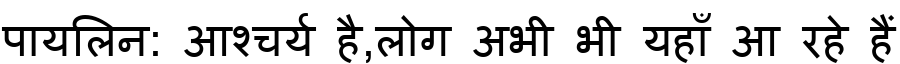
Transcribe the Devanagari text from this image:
पायलिन: आश्चर्य है,लोग अभी भी यहाँ आ रहे हैं